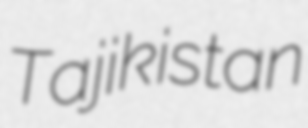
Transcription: Tajikistan